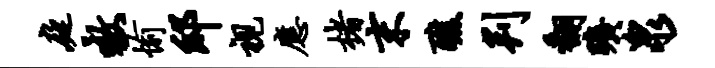
庭嗷愉邸视应楮末醮判翻旷泉